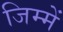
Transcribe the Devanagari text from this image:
जिम्‍में